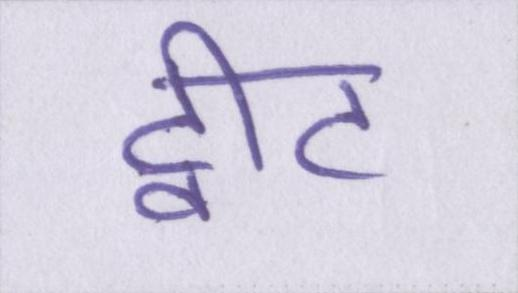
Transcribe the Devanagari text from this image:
ट्वीट